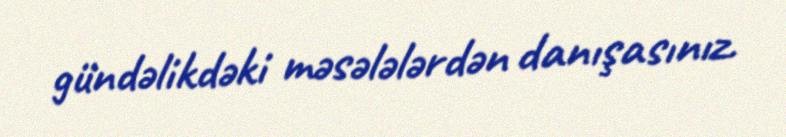
gündəlikdəki məsələlərdən danışasınız.